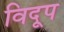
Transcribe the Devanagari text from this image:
विदूप